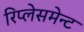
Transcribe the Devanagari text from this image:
रिप्लेसमेन्ट